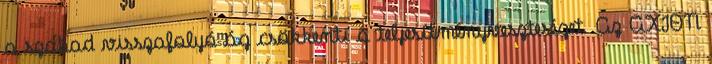
a szabad visszafolyó ág csökkenti a teljesítményveszteséget. Az AXION